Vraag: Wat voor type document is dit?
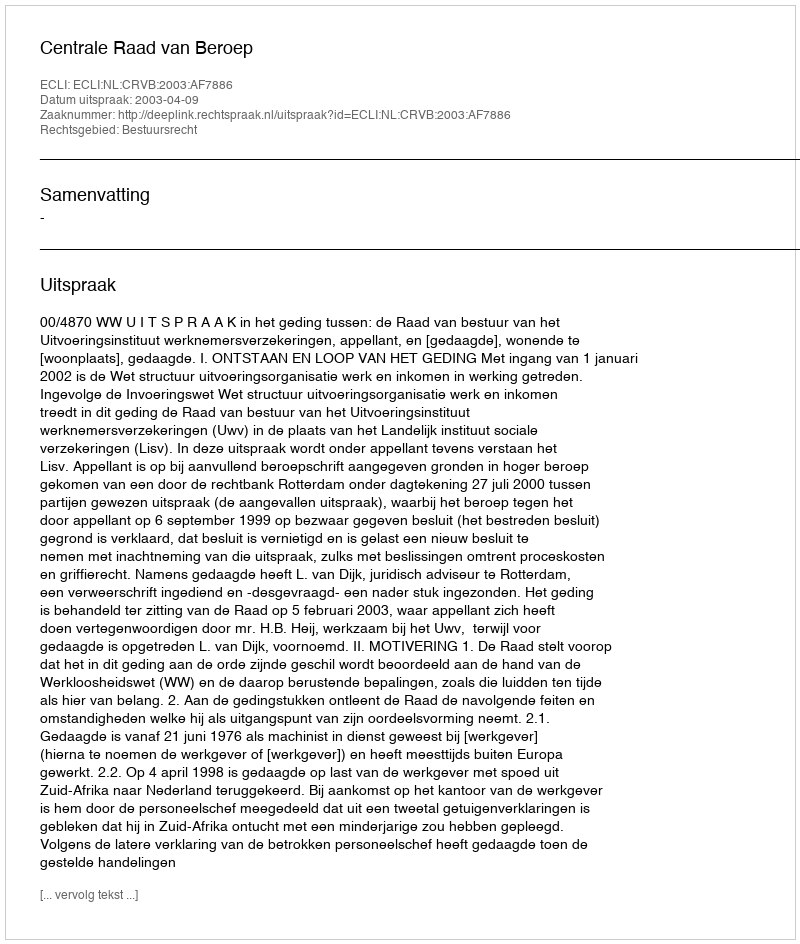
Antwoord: Uitspraak